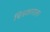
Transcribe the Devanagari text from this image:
चित्रकाराला